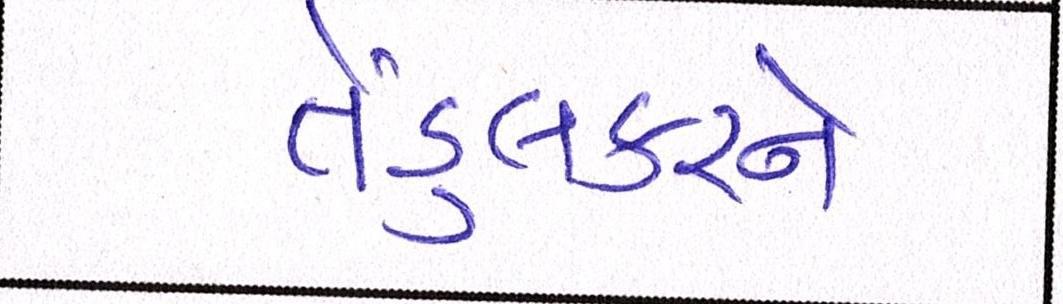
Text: તેંડુલકરને